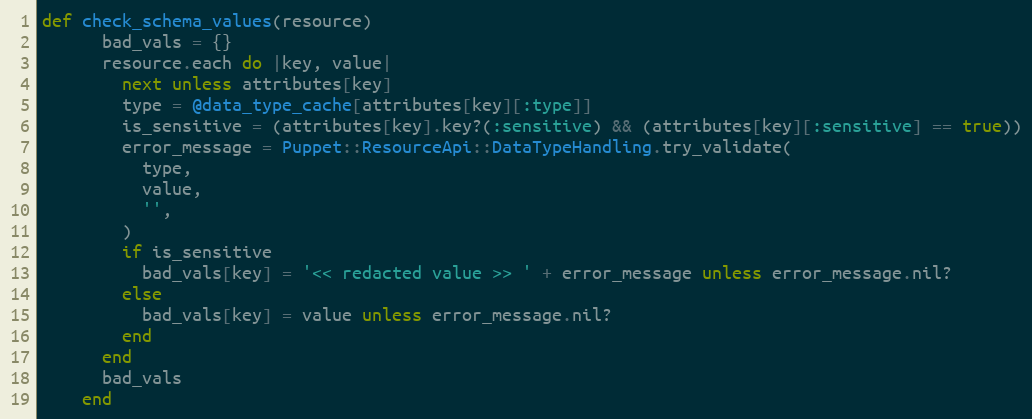
Language: Ruby
def check_schema_values(resource)
      bad_vals = {}
      resource.each do |key, value|
        next unless attributes[key]
        type = @data_type_cache[attributes[key][:type]]
        is_sensitive = (attributes[key].key?(:sensitive) && (attributes[key][:sensitive] == true))
        error_message = Puppet::ResourceApi::DataTypeHandling.try_validate(
          type,
          value,
          '',
        )
        if is_sensitive
          bad_vals[key] = '<< redacted value >> ' + error_message unless error_message.nil?
        else
          bad_vals[key] = value unless error_message.nil?
        end
      end
      bad_vals
    end